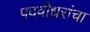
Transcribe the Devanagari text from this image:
पदवीधरांचा